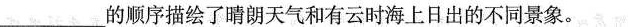
___的顺序描绘了晴朗天气和有云时海上日出的不同景象。